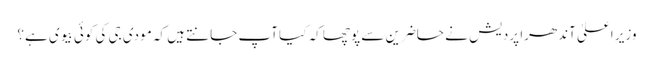
وزیر اعلیٰ آندھرا پردیش نے حاضرین سے پوچھا کہ کیا آپ جانتے ہیں کہ مودی جی کی کوئی بیوی ہے؟